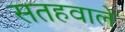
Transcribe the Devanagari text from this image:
सतहवाले